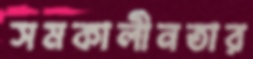
সমকালীনতার